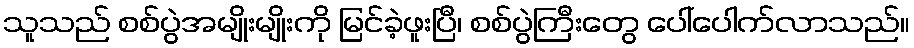
သူသည် စစ်ပွဲအမျိုးမျိုးကို မြင်ခဲ့ဖူးပြီ၊ စစ်ပွဲကြီးတွေ ပေါ်ပေါက်လာသည်။